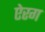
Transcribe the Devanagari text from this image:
ऐरग